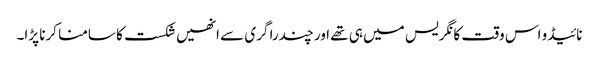
نائیڈو اس وقت کانگریس میں ہی تھے اور چندرا گری سے انھیں شکست کا سامنا کرنا پڑا۔